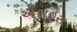
એરાઇસ